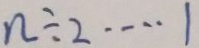
n \div 2 \cdots 1